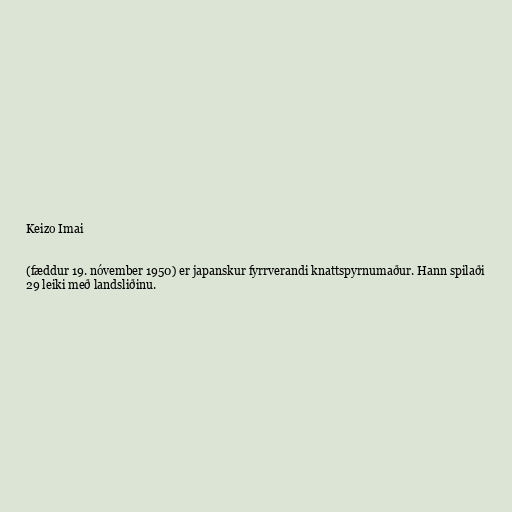
Keizo Imai

(fæddur 19. nóvember 1950) er japanskur fyrrverandi knattspyrnumaður. Hann spilaði
29 leiki með landsliðinu.